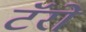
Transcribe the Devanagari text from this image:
टॅरो